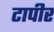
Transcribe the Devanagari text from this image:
टापीर